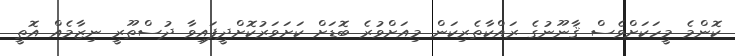
ކޮންމެ މީހަކަށްވެސް ޤާނޫނުގެ ރައްކާތެރިކަން މިއަށްވުރެ ބޮޑަށް ކަށަވަރުކޮށްދީފައިވާ ދުސްތޫރީ ނިޒާމެއް އޮތީ